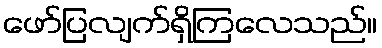
ဖော်ပြလျက်ရှိကြလေသည်။